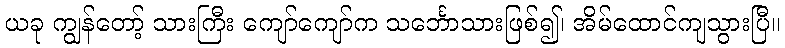
ယခု ကျွန်တော့် သားကြီး ကျော်ကျော်က သင်္ဘောသားဖြစ်၍၊ အိမ်ထောင်ကျသွားပြီ။